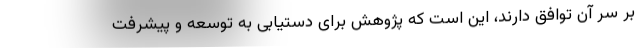
بر سر آن توافق دارند، این است که پژوهش برای دستیابی به توسعه و پیشرفت